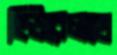
হিউরেলহো